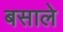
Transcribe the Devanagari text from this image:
बसाले